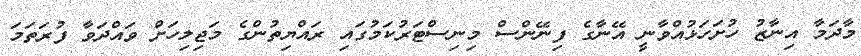
މާދަމާ އިނާޒު ހުށަހަޅުއްވާނީ އޭނާގެ ފިނޭންސް މިނިސްޓަރުކަމުގައި ރައްޔިތުންގެ މަޖިލިހަށް ވައްދަވާ ފުރަތަމަ